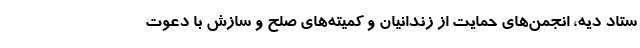
ستاد دیه، انجمن‌های حمایت از زندانیان و کمیته‌های صلح و سازش با دعوت